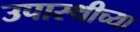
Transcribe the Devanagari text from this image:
उपास्थीच्या